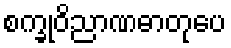
စက္ခုဝိညာဏဓာတုပေ